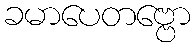
ခမာပေတဗ္ဗော